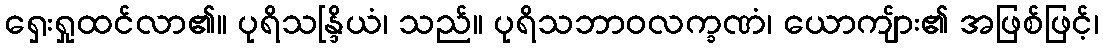
ရှေးရှုထင်လာ၏။ ပုရိသန္ဒြိယံ၊ သည်။ ပုရိသဘာဝလက္ခဏံ၊ ယောကျ်ား၏ အဖြစ်ဖြင့်၊